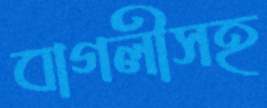
বাগলীসহ